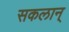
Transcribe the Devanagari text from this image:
सकलान्